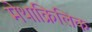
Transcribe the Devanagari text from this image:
मेथाक्रिलिक